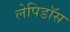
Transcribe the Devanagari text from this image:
लेपिडॉस